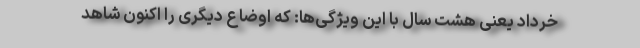
خرداد یعنی هشت سال با این ویژگی‌ها: که اوضاع دیگری را اکنون شاهد